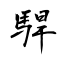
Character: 駻